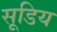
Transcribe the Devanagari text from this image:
सूडिय